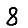
Digit: 8